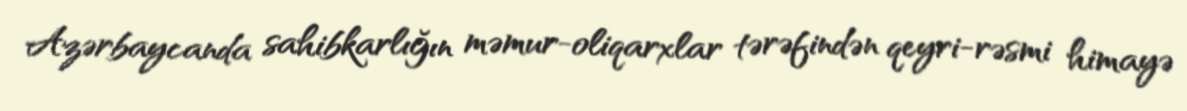
Azərbaycanda sahibkarlığın məmur-oliqarxlar tərəfindən qeyri-rəsmi himayə